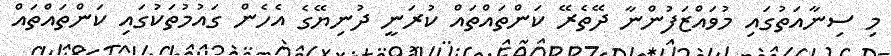
މި ސިނާއަތުގައި މުވައްޒަފުންނާ ދޭތެރޭ ކަންތައްތައް ކުރަނީ ދުނިޔޭގެ އެހެން ގައުމުތަކުގައި ކަންތައްތައް